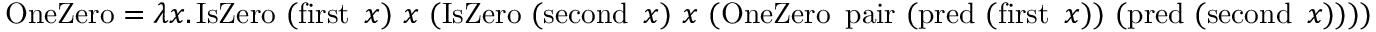
\operatorname { O n e Z e r o } = \lambda x . \operatorname { I s Z e r o } \ ( \operatorname { f i r s t } \ x ) \ x \ ( \operatorname { I s Z e r o } \ ( \operatorname { s e c o n d } \ x ) \ x \ ( \operatorname { O n e Z e r o } \ \operatorname { p a i r } \ ( \operatorname { p r e d } \ ( \operatorname { f i r s t } \ x ) ) \ ( \operatorname { p r e d } \ ( \operatorname { s e c o n d } \ x ) ) ) )